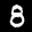
Label: 8